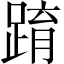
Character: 𨂔